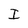
Character: I